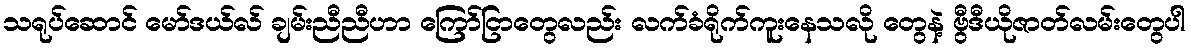
သရုပ်ဆောင် မော်ဒယ်လ် ချမ်းညီညီဟာ ကြော်ငြာတွေလည်း လက်ခံရိုက်ကူးနေသလို တွေနဲ့ ဗွီဒီယိုဇာတ်လမ်းတွေပါ